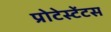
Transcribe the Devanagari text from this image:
प्रोटेस्टेंटस